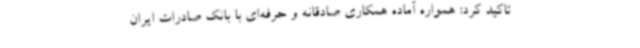
تاکید کرد: همواره آماده همکاری صادقانه و حرفه‌ای با بانک صادرات ایران